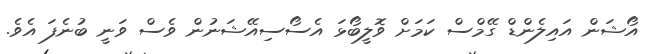
އޯޝަން އައިލެންޑް ގޭމްސް ކަމަށް ވޮލީބޯޅަ އެސޯސިއޭޝަނުން ވެސް ވަނީ ބުނެފަ އެވެ.